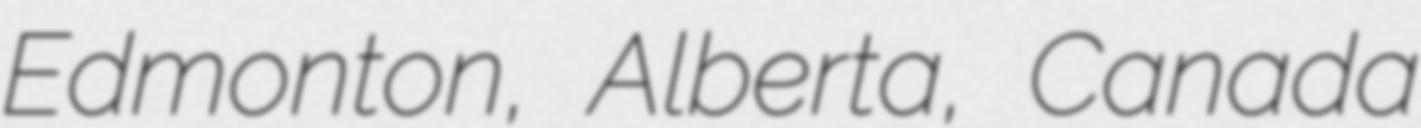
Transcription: Edmonton, Alberta, Canada